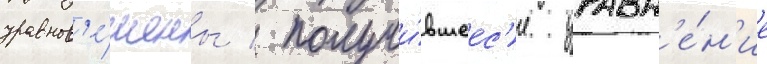
уравнов'е́шены / получи́вшеес'я уравн'е́н'ие